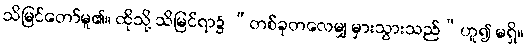
သိမြင်တော်မူ၏။ ထိုသို့ သိမြင်ရာ၌ “တစ်ခုတလေမျှ မှားသွားသည်”ဟူ၍ မရှိ။